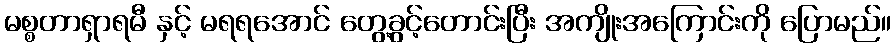
မစ္စတာရှာရမီ နှင့် မရရအောင် တွေ့ခွင့်တောင်းပြီး အကျိုးအကြောင်းကို ပြောမည်။